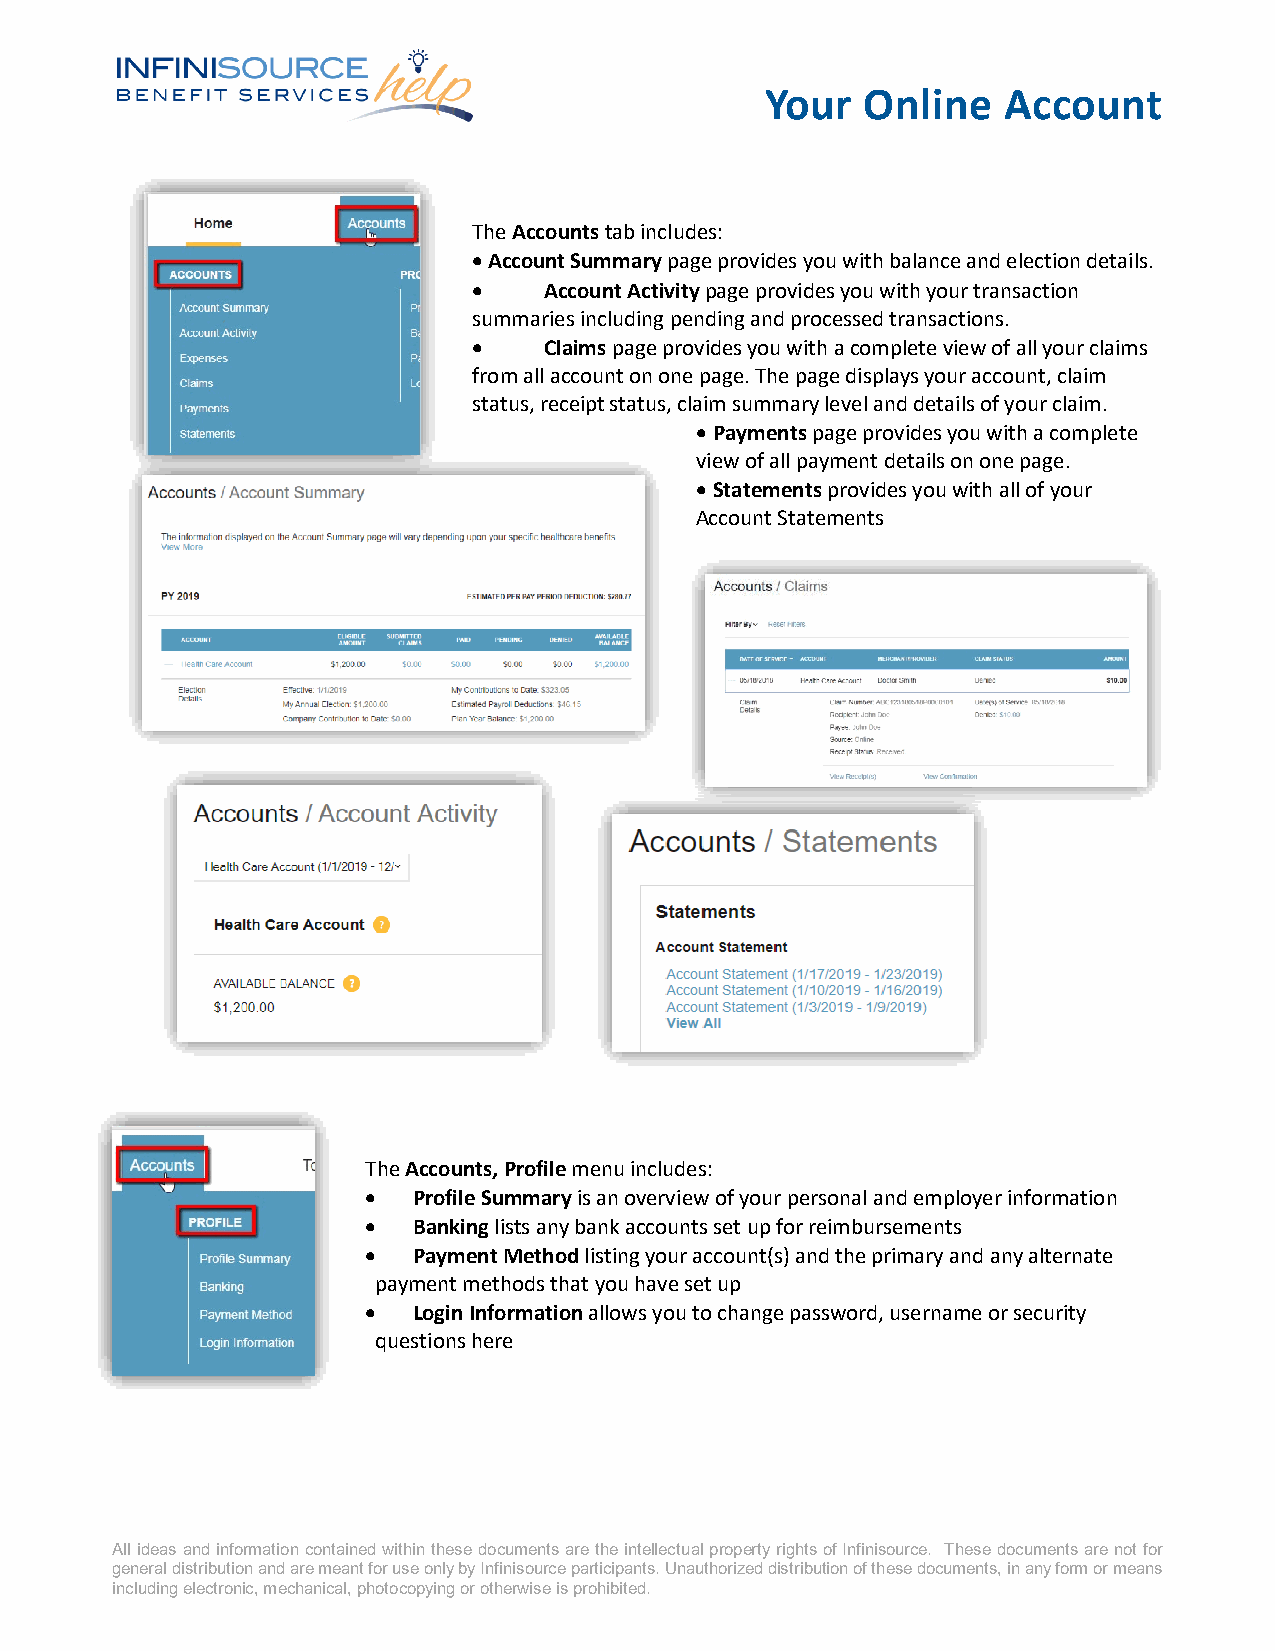
Your  Online   Account
 The Accounts tab includes:
 • Account Summary page provides you with balance and election details.
 •    Account Activity page provides you with your transaction
 summaries including pending and processed transactions.
 •    Claims page provides you with a complete view of all your claims
 from all account on one page. The page displays your account, claim
 status, receipt status, claim summary level and details of your claim.
 • Payments page provides you with a complete
 view of all payment details on one page.
 • Statements provides you with all of your
 Account Statements
 The Accounts, Profile menu includes:
 •  Profile Summary is an overview of your personal and employer information
 •  Banking lists any bank accounts set up for reimbursements
 •  Payment Method listing your account(s) and the primary and any alternate
 payment methods that you have set up
 •  Login Information allows you to change password, username or security
 questions here
 All ideas and information contained within these documents are the intellectual property rights of Infinisource. These documents are not for
 general distribution and are meant for use only by Infinisource participants. Unauthorized distribution of these documents, in any form or means
 including electronic, mechanical, photocopying or otherwise is prohibited.